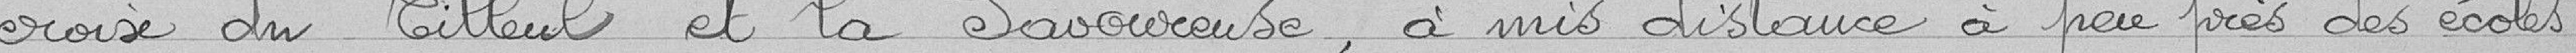
croix du Tilleul et la Savoureuse, à mi-distance, à peu près, des écoles